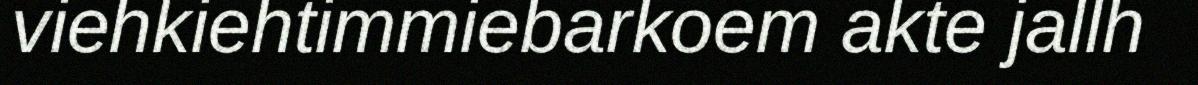
viehkiehtimmiebarkoem akte jallh